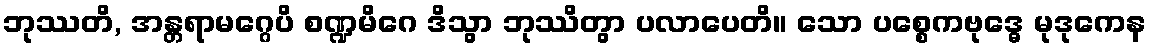
ဘုဿတိ, အန္တရာမဂ္ဂေပိ စဏ္ဍမိဂေ ဒိသွာ ဘုဿိတွာ ပလာပေတိ။ သော ပစ္စေကဗုဒ္ဓေ မုဒုကေန